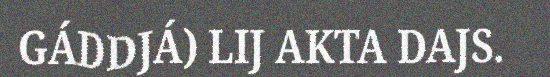
GÁDDJÁ) LIJ AKTA DAJS.